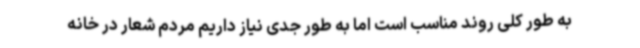
به طور کلی روند مناسب است اما به طور جدی نیاز داریم مردم شعار در خانه